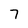
Character: 7